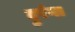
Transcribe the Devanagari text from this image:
दुरंगा